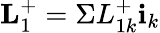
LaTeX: \textbf{L}_{1}^{+}=\Sigma L_{1k}^{+}\textbf{i}_{k}